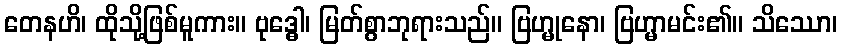
တေနဟိ၊ ထိုသို့ဖြစ်မူကား။ ဗုဒ္ဓေါ၊ မြတ်စွာဘုရားသည်။ ဗြဟ္မုနော၊ ဗြဟ္မာမင်း၏။ သိဿော၊